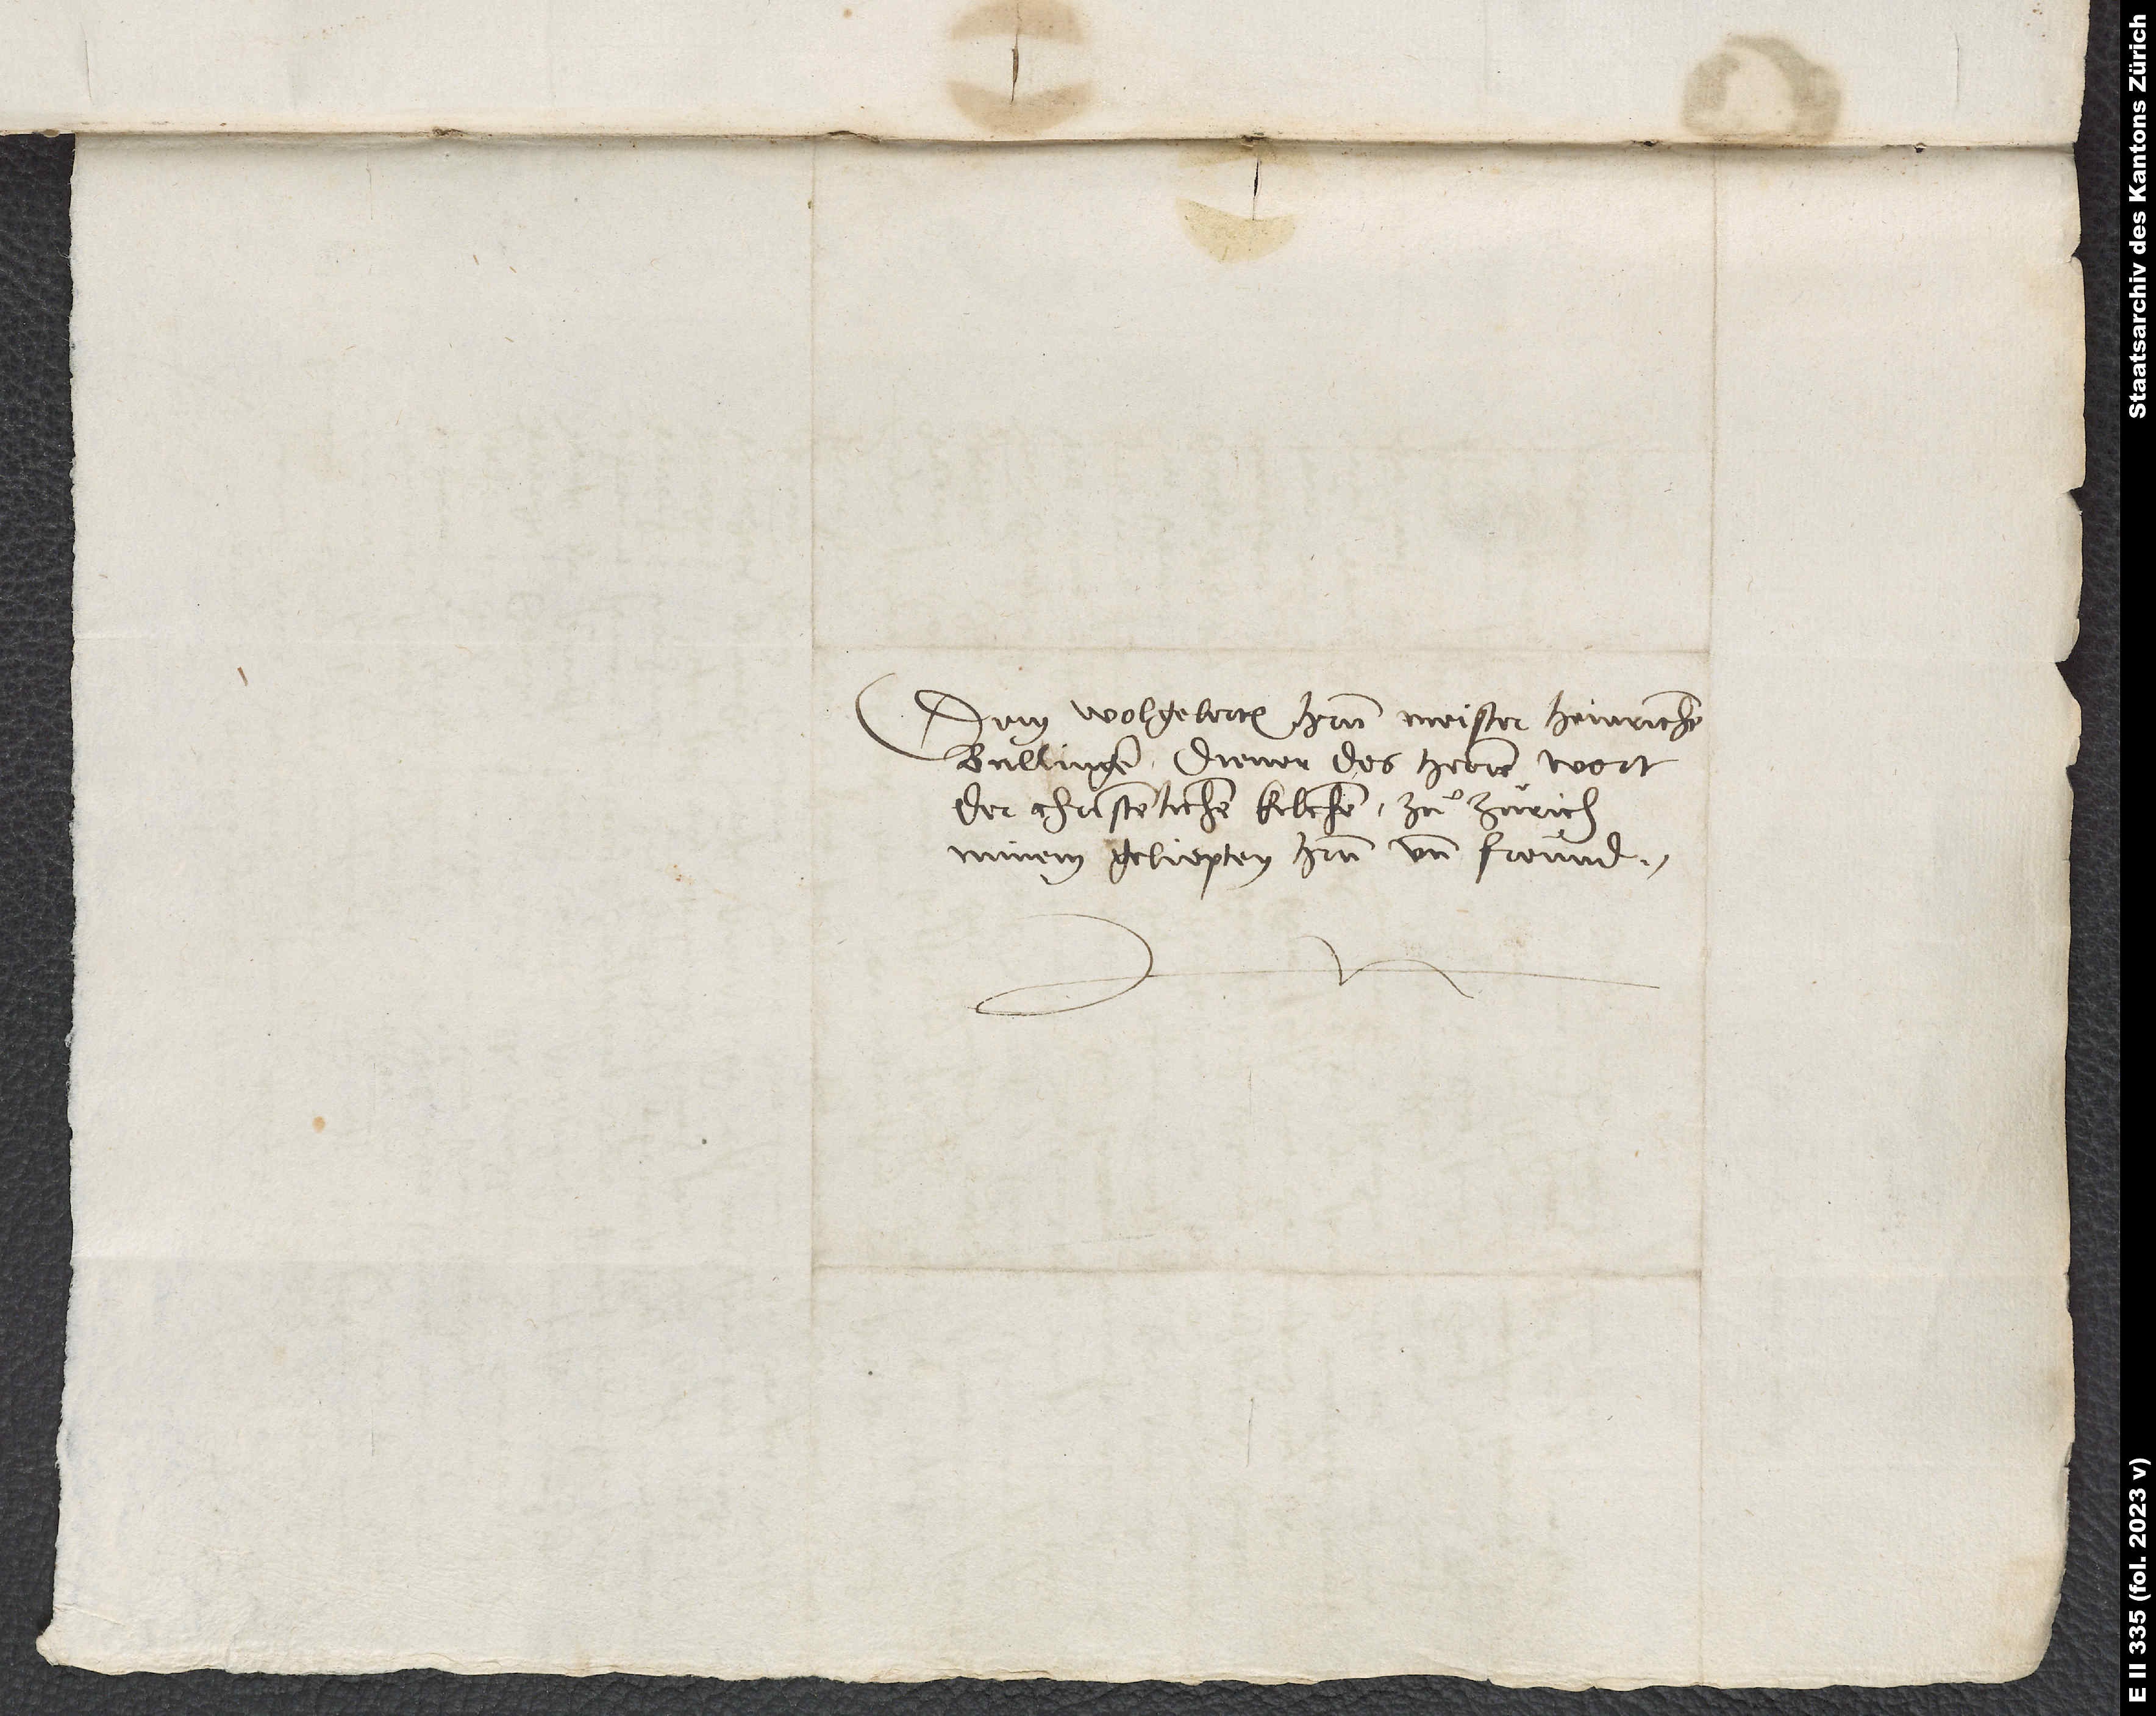
Dem wolgelerten herren Meister Heinrichen
Bullinger, diener des herren wort
der christenlichen kilchen zuͦ Zürich,
minem geliepten herrn und freünd.